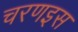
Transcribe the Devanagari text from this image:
चरणइस